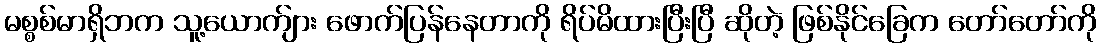
မစ္စစ်မာရှိဘက သူ့ယောက်ျား ဖောက်ပြန်နေတာကို ရိပ်မိထားပြီးပြီ ဆိုတဲ့ ဖြစ်နိုင်ခြေက တော်တော်ကို